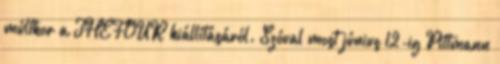
múltkor a THEFOUR kiállításáról. Szóval most június 12-ig Pittmann